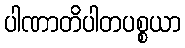
ပါဏာတိပါတပစ္စယာ